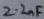
Text: 2.2nF